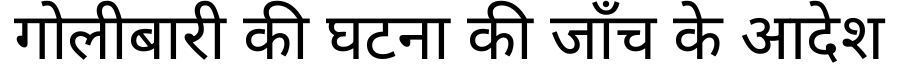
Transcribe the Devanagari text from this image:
गोलीबारी की घटना की जाँच के आदेश